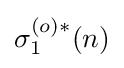
\sigma _{1}^{(o)*}(n)